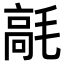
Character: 𩫁